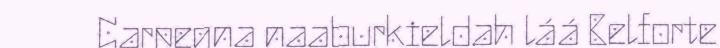
Carpegna naaburkieldah láá Belforte